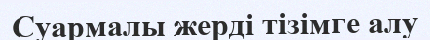
Суармалы жерді тізімге алу